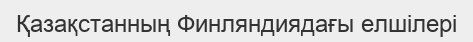
Қазақстанның Финляндиядағы елшілері